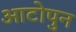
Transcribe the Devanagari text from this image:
आटोपुन